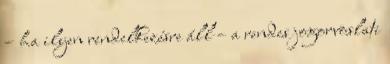
– ha ilyen rendelkezésre áll – a rendes jogorvoslati